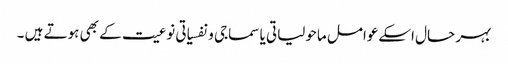
بہر حال اسکےعوامل ماحولیاتی یا سماجی و نفسیاتی نوعیت کے بھی ہوتے ہیں ۔